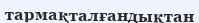
тармақталғандықтан